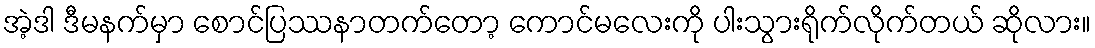
အဲ့ဒါ ဒီမနက်မှာ စောင်ပြဿနာတက်တော့ ကောင်မလေးကို ပါးသွားရိုက်လိုက်တယ် ဆိုလား။